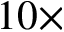
1 0 \times